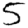
Digit: 5